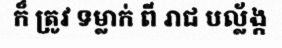
ក៏ ត្រូវ ទម្លាក់ ពី រាជ បល្ល័ង្ក